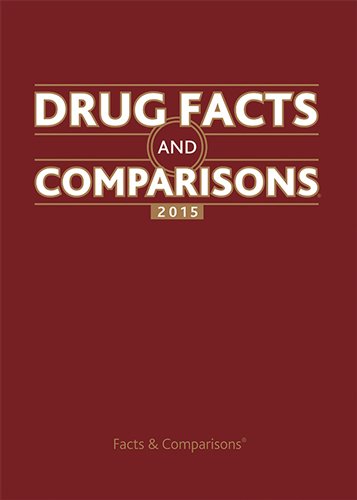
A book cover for Drug Facts and Comparisons 2015; Medical Books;